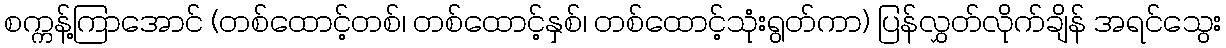
စက္ကန့်ကြာအောင် (တစ်ထောင့်တစ်၊ တစ်ထောင့်နှစ်၊ တစ်ထောင့်သုံးရွတ်ကာ) ပြန်လွှတ်လိုက်ချိန် အရင်သွေး